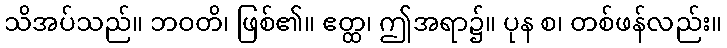
သိအပ်သည်။ ဘဝတိ၊ ဖြစ်၏။ ဧတ္ထ၊ ဤအရာ၌။ ပုန စ၊ တစ်ဖန်လည်း။